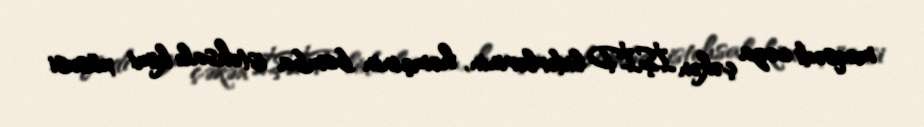
məqsədi cəza çəkən İŞİD liderlərinin, həmçinin bomba istehsalı kimi xüsusi